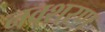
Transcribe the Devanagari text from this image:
नवशरण